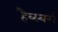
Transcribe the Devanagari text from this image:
हैब्स्बर्ग